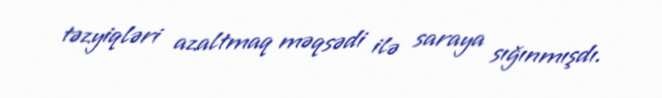
təzyiqləri azaltmaq məqsədi ilə saraya sığınmışdı.